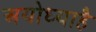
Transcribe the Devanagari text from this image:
अयोध्याहै